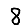
Digit: 8